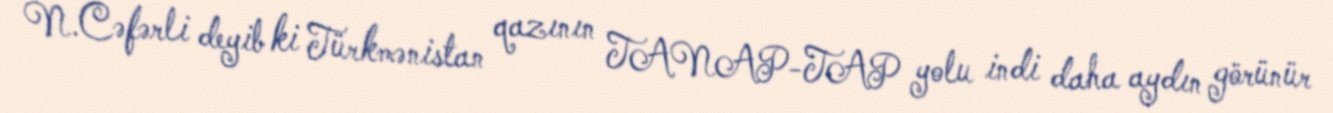
N.Cəfərli deyib ki Türkmənistan qazının TANAP-TAP yolu indi daha aydın görünür